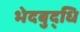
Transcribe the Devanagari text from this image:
भेदबुद्धि